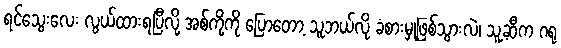
ရင်သွေးလေး လွယ်ထားရပြီလို့ အစ်ကို့ကို ပြောတော့ သူဘယ်လို ခံစားမှုဖြစ်သွားလဲ၊ သူ့ဆီက ဂရု